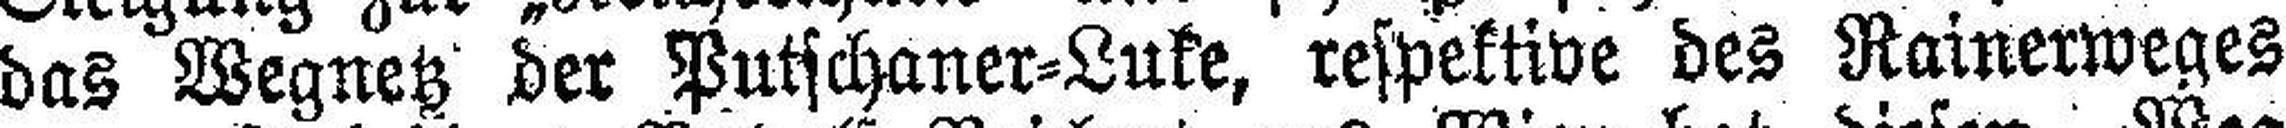
das Wegnetz der Putschaner=Luke, respektive des Rainerweges